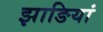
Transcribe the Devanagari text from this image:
झाङियां